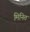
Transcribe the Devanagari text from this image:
मिनित